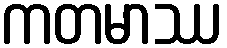
ကတမာဿ